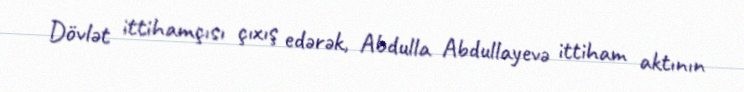
Dövlət ittihamçısı çıxış edərək, Abdulla Abdullayevə ittiham aktının